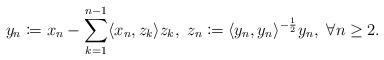
LaTeX: \begin{align*} y_n\coloneqq x_n-\sum_{k=1}^{n-1}\langle x_n, z_k\rangle z_k, ~ z_n\coloneqq\langle y_n, y_n \rangle^{-\frac{1}{2}}y_n, ~\forall n \geq 2. \end{align*}